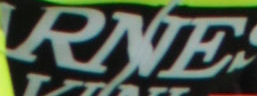
RNE